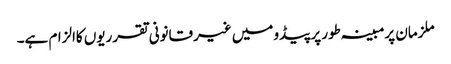
ملزمان پرمبینہ طور پرپیڈو میں غیرقانونی تقرریوں کاالزام ہے۔